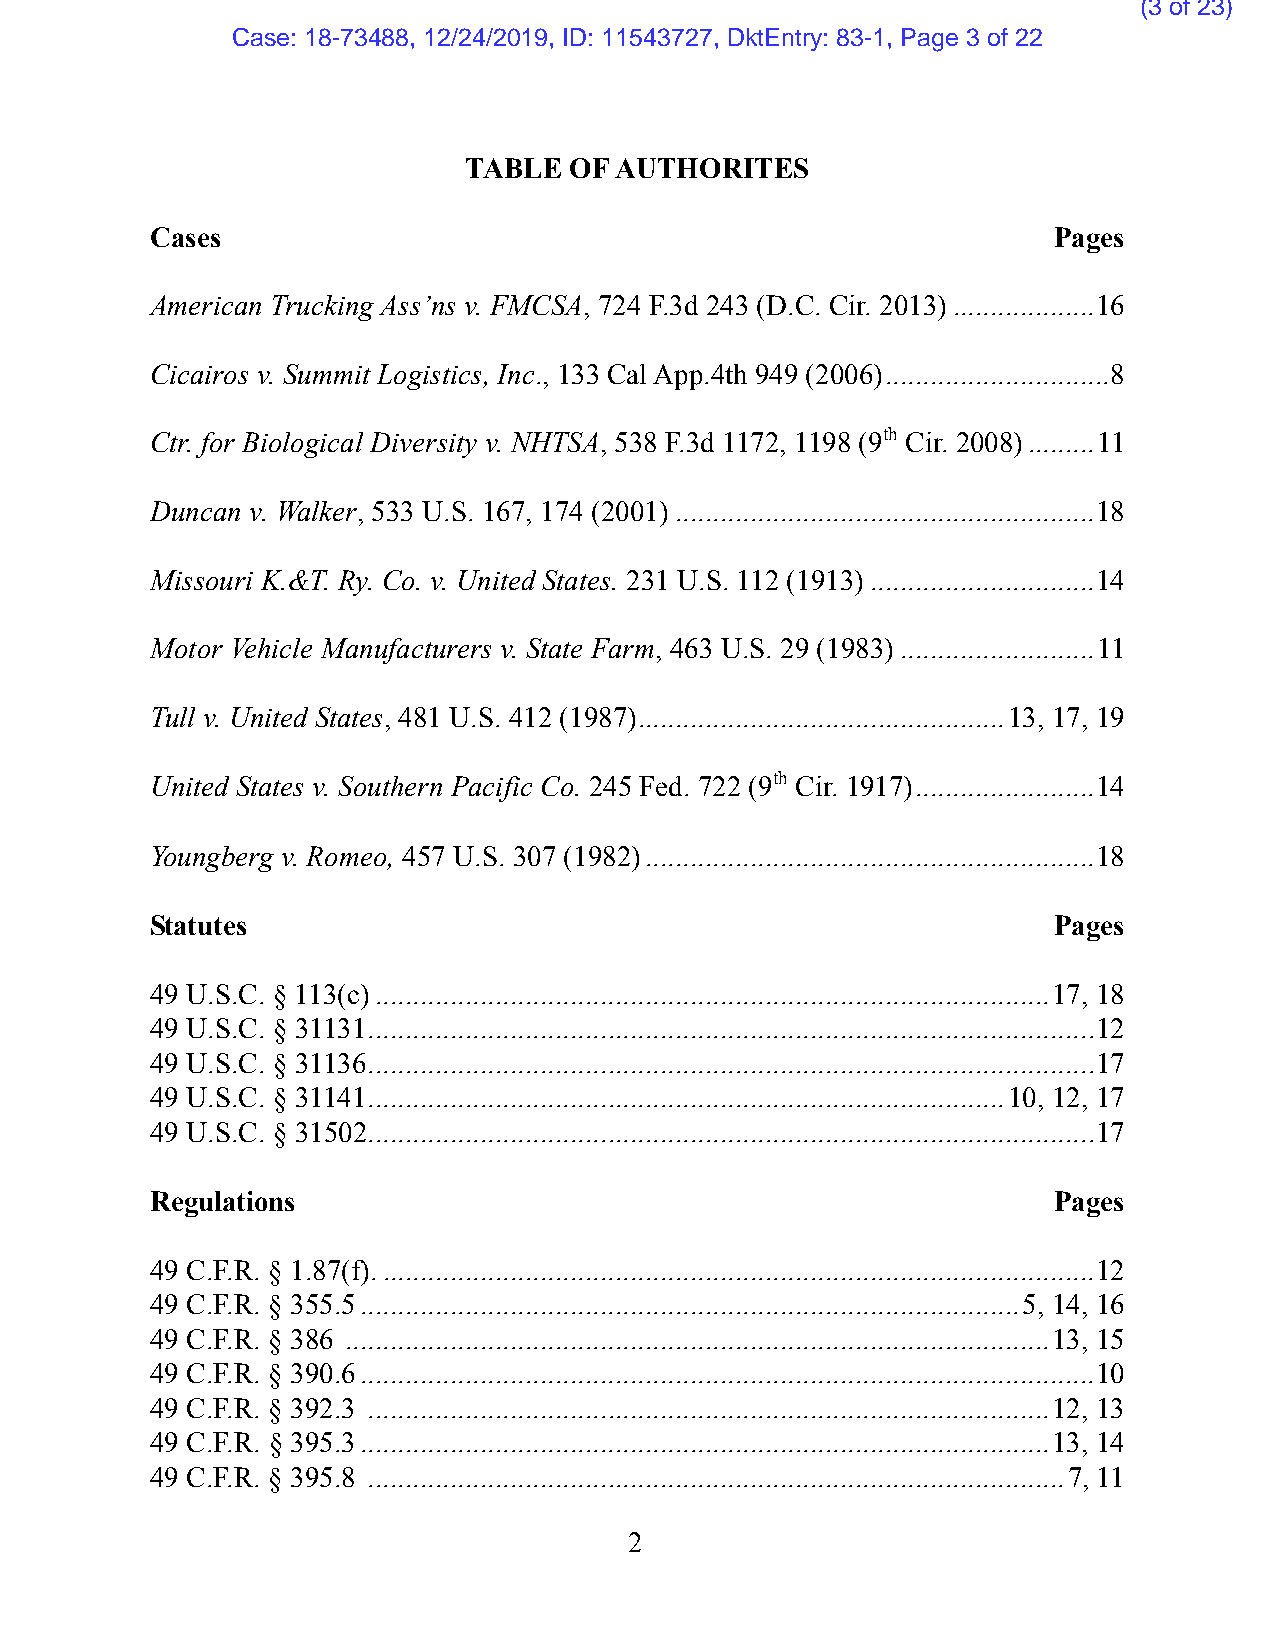
(3 of 23)
 Case: 18-73488, 12/24/2019, ID: 11543727, DktEntry: 83-1, Page 3 of 22
 TABLE  OF AUTHORITES
 Cases                                                       Pages
 American Trucking Ass’ns v. FMCSA, 724 F.3d 243 (D.C. Cir. 2013) ...................16
 Cicairos v. Summit Logistics, Inc., 133 Cal App.4th 949 (2006) ..............................8
 Ctr. for Biological Diversity v. NHTSA, 538 F.3d 1172, 1198 (9th Cir. 2008) .........11
 Duncan v. Walker, 533 U.S. 167, 174 (2001) ........................................................18
 Missouri K.&T. Ry. Co. v. United States. 231 U.S. 112 (1913) ..............................14
 Motor Vehicle Manufacturers v. State Farm, 463 U.S. 29 (1983) ..........................11
 Tull v. United States, 481 U.S. 412 (1987) .................................................13, 17, 19
 United States v. Southern Pacific Co. 245 Fed. 722 (9th Cir. 1917) ........................14
 Youngberg v. Romeo, 457 U.S. 307 (1982) ............................................................18
 Statutes                                                    Pages
 49 U.S.C. § 113(c) ..........................................................................................17, 18
 49 U.S.C. § 31131 .................................................................................................12
 49 U.S.C. § 31136 .................................................................................................17
 49 U.S.C. § 31141 .....................................................................................10, 12, 17
 49 U.S.C. § 31502 .................................................................................................17
 Regulations                                                 Pages
 49 C.F.R. § 1.87(f). ...............................................................................................12
 49 C.F.R. § 355.5 ........................................................................................5, 14, 16
 49 C.F.R. § 386 ..............................................................................................13, 15
 49 C.F.R. § 390.6 ..................................................................................................10
 49 C.F.R. § 392.3 ...........................................................................................12, 13
 49 C.F.R. § 395.3 ............................................................................................13, 14
 49 C.F.R. § 395.8 .............................................................................................7, 11
 2